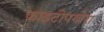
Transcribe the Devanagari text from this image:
फाइटोपथोरा